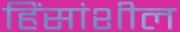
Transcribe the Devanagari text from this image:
हिंसांशील